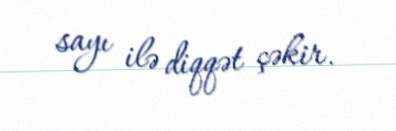
sayı ilə diqqət çəkir.